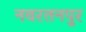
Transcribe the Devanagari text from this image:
नवरतनपुर